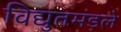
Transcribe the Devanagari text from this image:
विद्युतमंडले